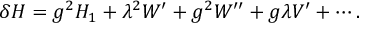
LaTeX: \delta H = g ^ { 2 } H _ { 1 } + \lambda ^ { 2 } W ^ { \prime } + g ^ { 2 } W ^ { \prime \prime } + g \lambda V ^ { \prime } + \cdots .